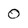
Character: 0